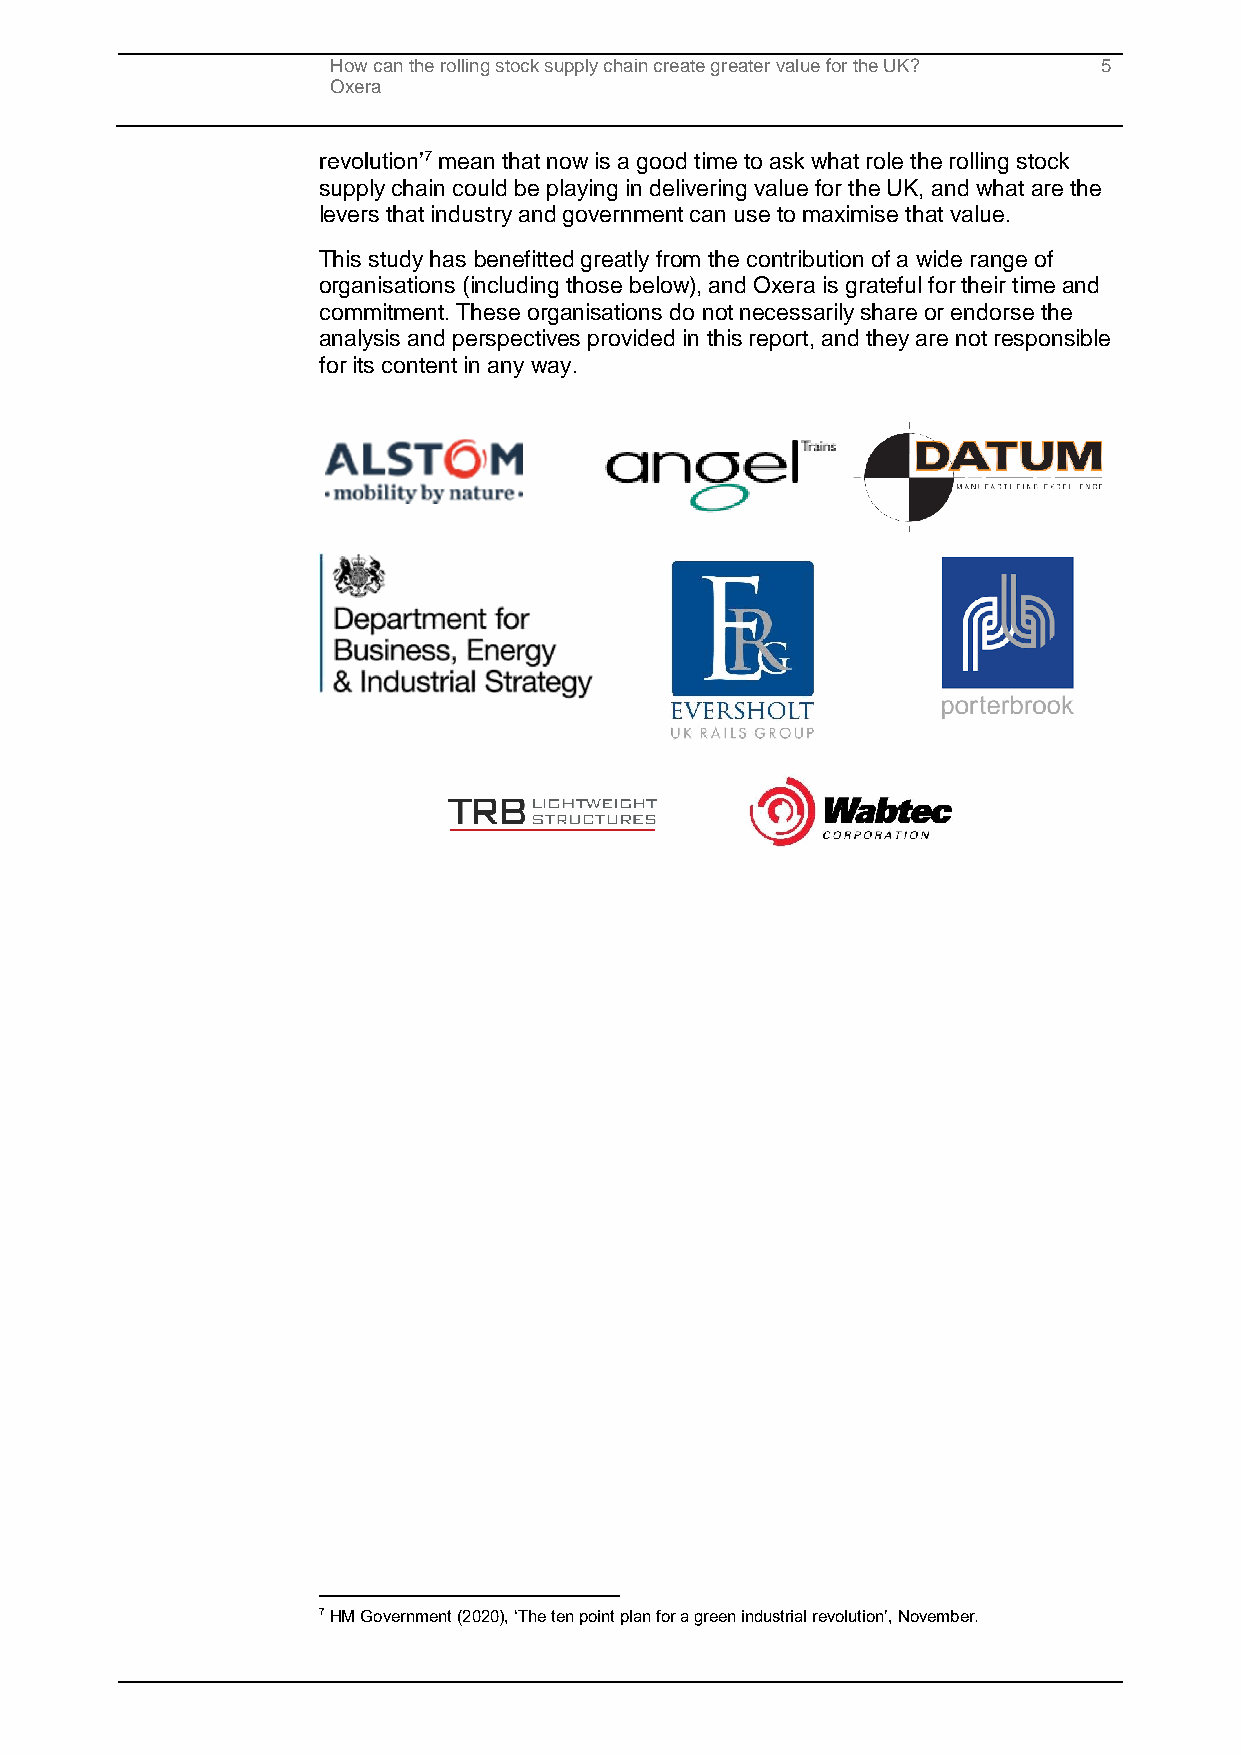
How can the rolling stock supply chain create greater value for the UK? 5
 Oxera
 revolution’7 mean that now is a good time to ask what role the rolling stock
 supply chain could be playing in delivering value for the UK, and what are the
 levers that industry and government can use to maximise that value.
 This study has benefitted greatly from the contribution of a wide range of
 organisations (including those below), and Oxera is grateful for their time and
 commitment. These organisations do not necessarily share or endorse the
 analysis and perspectives provided in this report, and they are not responsible
 for its content in any way.
 7 HM Government (2020), ‘The ten point plan for a green industrial revolution’, November.